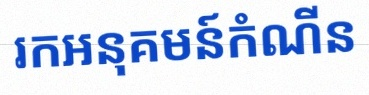
រកអនុគមន៍កំណើន